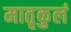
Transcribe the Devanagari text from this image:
मातृकुलं